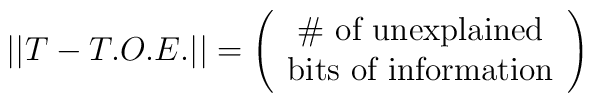
|| T - T.O.E. || = \left( \begin{array}{c}                      \mbox{\# of unexplained} \\                      \mbox{bits of information}                      \end{array}                      \right)